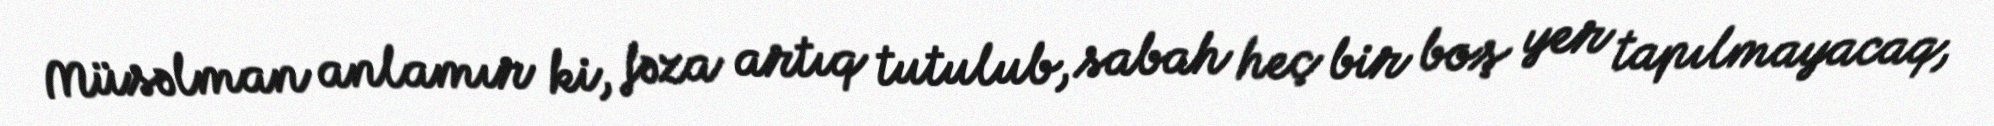
Müsəlman anlamır ki, fəza artıq tutulub, sabah heç bir boş yer tapılmayacaq,